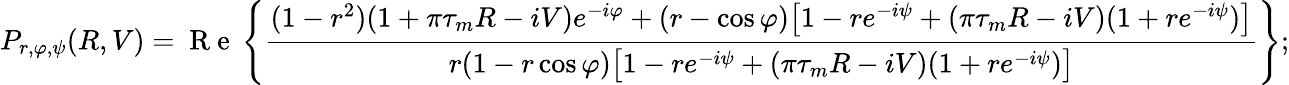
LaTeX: P_{r,\varphi,\psi}(R,V)=\mathrm{~R~e~}\left\{ \frac{(1-r^{2})(1+\pi\tau_{m}R-iV)e^{-i\varphi}+(r-\cos\varphi)\big[1-re^{-i\psi}+(\pi\tau_{m}R-iV)(1+re^{-i\psi})\big]}{r(1-r\cos\varphi)\big[1-re^{-i\psi}+(\pi\tau_{m}R-iV)(1+re^{-i\psi})\big]}\right\} ;